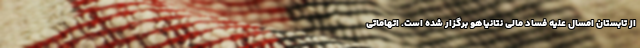
از تابستان امسال علیه فساد مالی نتانیاهو برگزار شده است. اتهاماتی